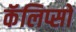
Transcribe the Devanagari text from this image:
कॅलिप्सो